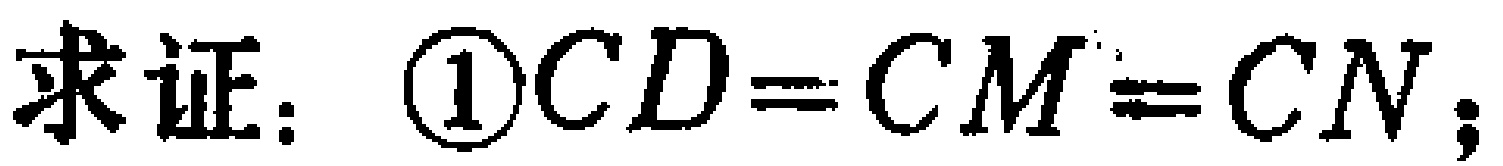
求证：\textcircled{1}$CD = CM = CN$；